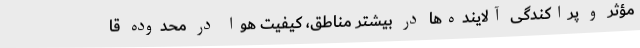
مؤثر و پراکندگی آلاینده‌ها در بیشتر مناطق، کیفیت هوا در محدوده قا